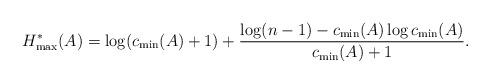
LaTeX: \begin{align*}H_{\max}^*(A)=\log(c_{\min}(A)+1)+\dfrac{\log(n-1)-c_{\min}(A)\log c_{\min}(A)}{c_{\min}(A)+1}.\end{align*}